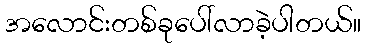
အလောင်းတစ်ခုပေါ်လာခဲ့ပါတယ်။